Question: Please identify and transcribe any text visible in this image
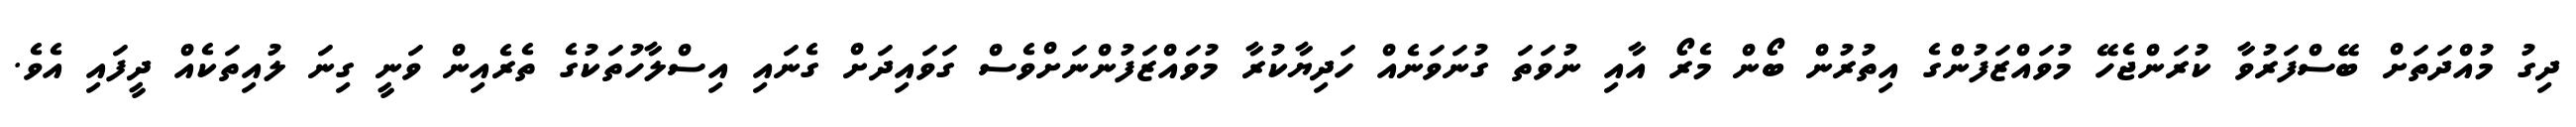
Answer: ދިގު މުއްދަތަށް ބޭސްފަރުވާ ކުރަންޖެހޭ މުވައްޒަފުންގެ އިތުރުން ބޯން މެރޯ އާއި ނުވަތަ ގުނަވަނެއް ހަދިޔާކުރާ މުވައްޒަފުންނަށްވެސް ގަވައިދަށް ގެނައި އިސްލާހުތަކުގެ ތެރެއިން ވަނީ ގިނަ ލުއިތަކެއް ދީފައި އެވެ.